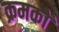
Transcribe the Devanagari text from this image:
क्रमकों